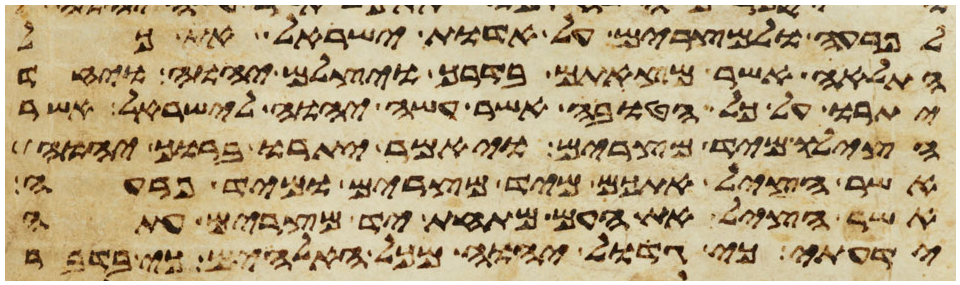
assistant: לפרעה ולמצרים על אדות ישראל את כל
התלאה אשר מצאתם בדרך ויצלם יהוה ויחד
יתרו על כל הטובה אשר עשה יהוה לישראל אשר
הצילו מיד מצרים ויאמר יתרו ברוך יהוה
אשר הציל אתכם מיד מצרים ומיד פרעה
אשר הציל את העם מתחת יד מצרים עתה
ידעתי כי גדול יהוה מכל האלהים כי בדבר